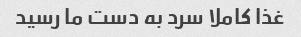
غذا کاملا سرد به دست ما رسید